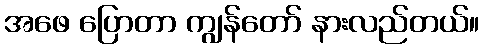
အဖေ ပြောတာ ကျွန်တော် နားလည်တယ်။